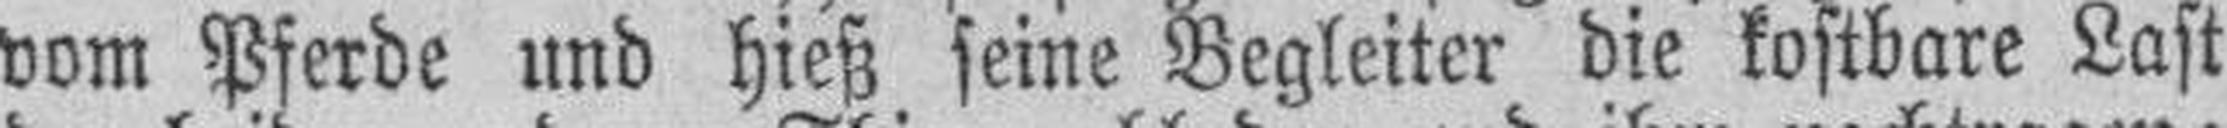
vom Pferde und hieß seine Begleiter die kostbare Last